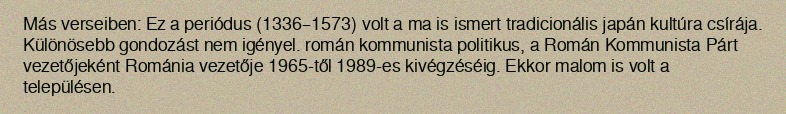
Más verseiben: Ez a periódus (1336–1573) volt a ma is ismert tradicionális japán kultúra csírája. Különösebb gondozást nem igényel. román kommunista politikus, a Román Kommunista Párt vezetőjeként Románia vezetője 1965-től 1989-es kivégzéséig. Ekkor malom is volt a településen.